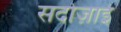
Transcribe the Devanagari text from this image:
सदोज़ाई